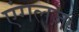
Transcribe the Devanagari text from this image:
एंगलज़